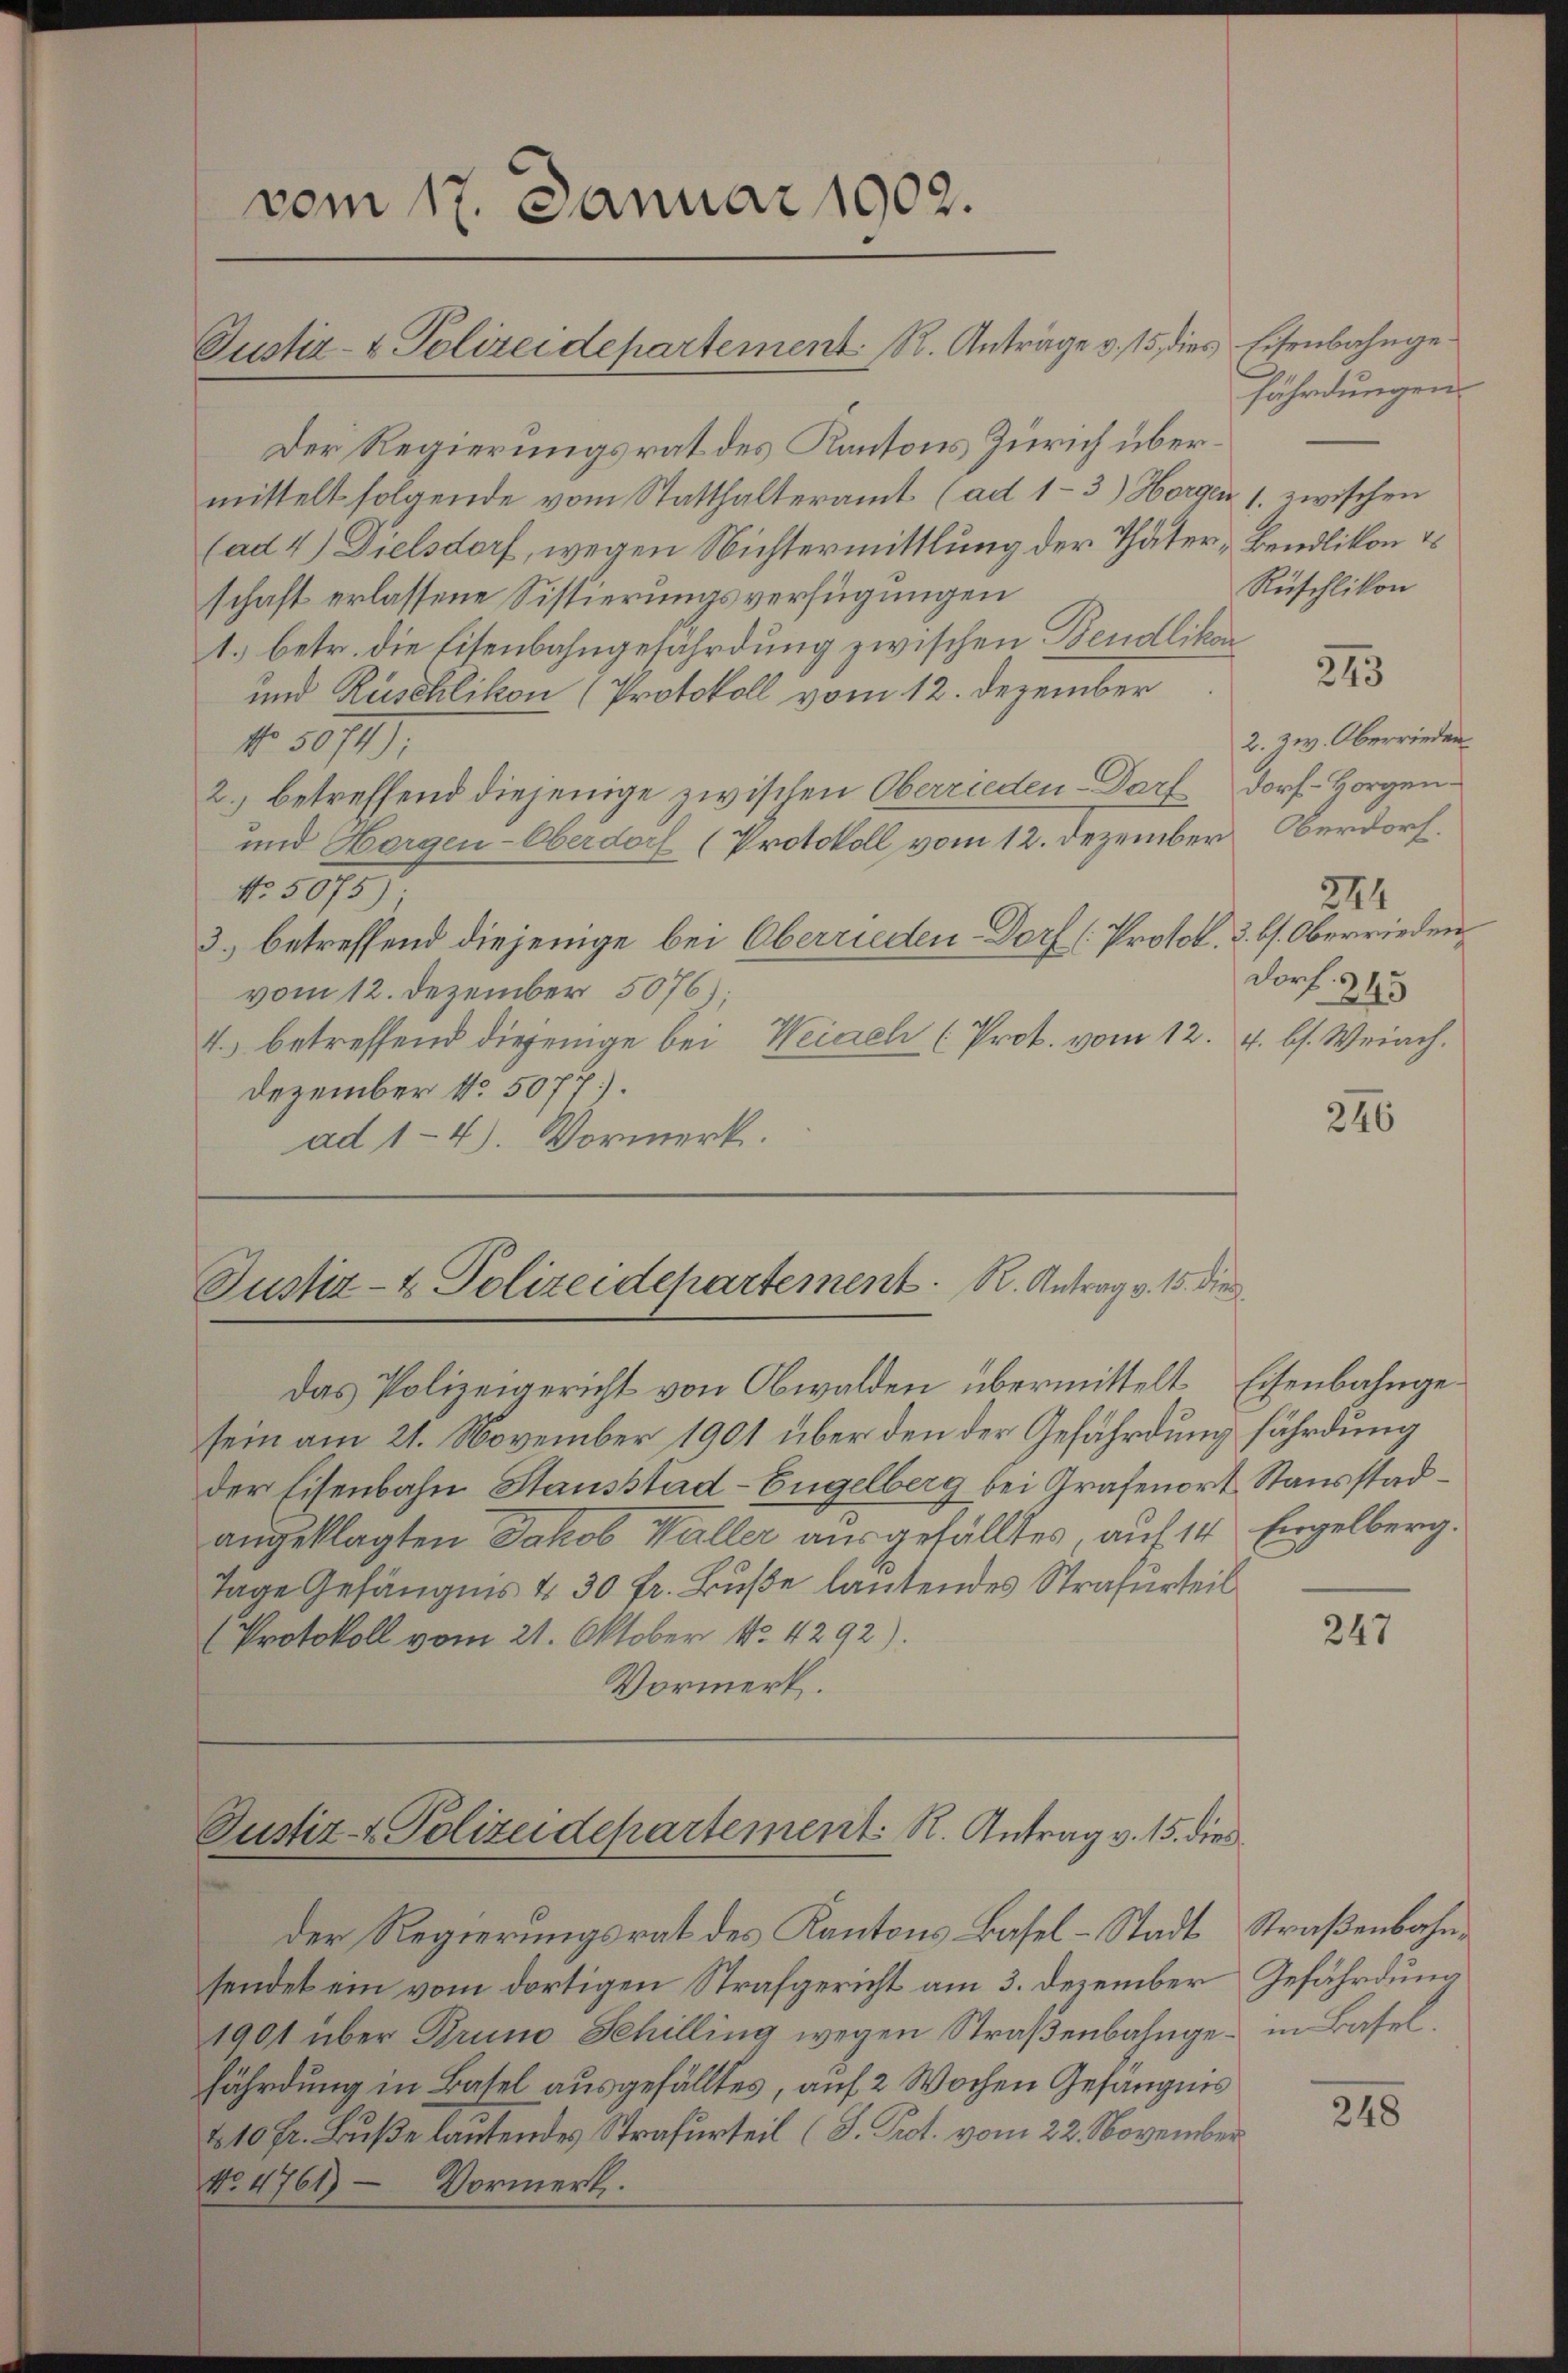
vom 17. Januar 1902.
Justiz- & Polizeidepartement. R. Anträge v. 15, dies Eisenbahnge¬

Der Regierungsrat des Kantons Zürich übermittelt folgende vom Statthalteramt (ad 1-3) Horgen 1. zwischen
(ad 4) Dielsdorf, wegen Nichtermittlung der Thäter - Bendlikon &
schaft erlassene Sistierungsverfügungen
1. betr. die Eisenbahngefährdung zwischen Bendlikon
und Rüschlikon (Protokoll vom 12. Dezember
No 5974:
2.) betreffend diejenige zwischen Oberrieden-Darf Dorf- Horgen¬
und Horgen-Oberdorf (Protokoll vom 12. Dezember Oberdorf.
No 58757.
3.) betreffend diejenige bei Oberrieden-Dorf [Protol. 3. b. Oberrieden,
vom 12. Dezember 5076.
4.) betreffend diejenige bei Weiach (Prot. vom 12. 4. b. Weiach.
Dezember No. 5077).
ad 1-4). Vormerk.

sein am 21. November 1901 über den der Gefährdung fährdung
der Eisenbahn Stausstäd-Engelberg bei Grafenort Stausstadangeklagten Jakob Waller ausgefälltes, auf 14 Engelberg.
Tage Gefängnis & 30 fr. Buße lautendes Strafurteil
Protokoll vom 21. Oktober No 4292).
Vormerk.

Justiz- & Polizeidepartement. R. Antrag v. 15. die
Das Polizeigericht von Obwalden übermittelt Eisenbahnge¬

Justiz- & Polizeidepartement. K. Antrag v. 15. dies

der Regierungsrat des Kantons Basel-Stadt Straßenbahnsendet ein vom dortigen Strafgericht am 3. Dezember Gefährdung
1901 über Bruno Schilling wegen Straßenbahnge- in Basel
fährdung in Basel ausgefälltes, auf 2 Wochen Gefängnis
& 10 Fr. Buße lautendes Strafurteil (S. Prot. vom 22. November
No 4761) — Vormerk.

fährdungen
Rüschlikon

243

2. zw. Oberrieden
544
Dorf. 243

246

247

248